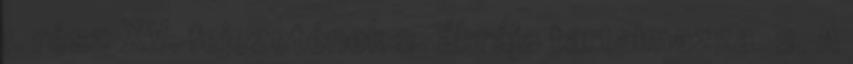
1. rész XV. fejezetének 2. ábrája tartalmazza. 2. A